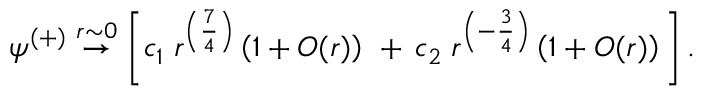
\psi ^ { ( + ) } \stackrel { r \sim 0 } { \rightarrow } \left[ c _ { 1 } \; r ^ { \left( { \frac { 7 } { 4 } } \right) } \left( 1 + { \cal O } ( r ) \right) \, \, + \, c _ { 2 } \; r ^ { \left( - { \frac { 3 } { 4 } } \right) } \left( 1 + { \cal O } ( r ) \right) \, \right] .